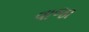
વાજા